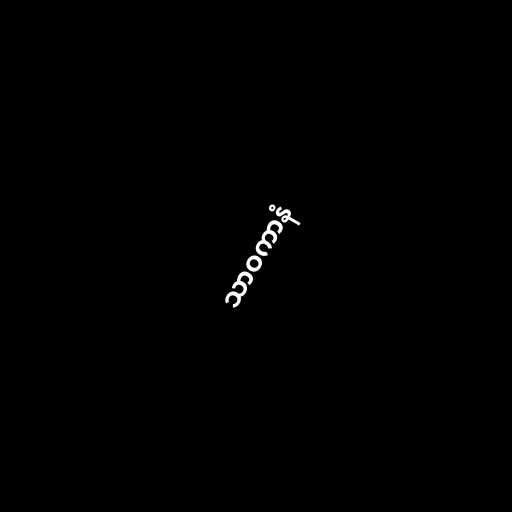
သာဝကာနံ